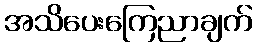
အသိပေးကြေညာချက်